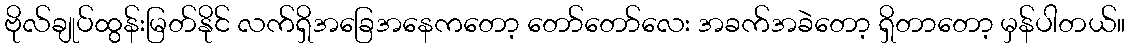
ဗိုလ်ချုပ်ထွန်းမြတ်နိုင် လက်ရှိအခြေအနေကတော့ တော်တော်လေး အခက်အခဲတော့ ရှိတာတော့ မှန်ပါတယ်။